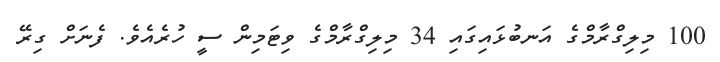
100 މިލިގްރާމްގެ އަނބުޅައިގައި 34 މިލިގްރާމްގެ ވިޓަމިން ސީ ހުރެއެވެ. ފެނަށް ގިރޭ